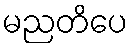
မညတိပေ